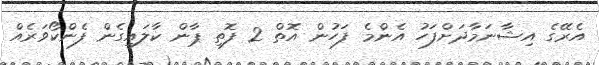
އެރޭގެ އިޝާނަމާދަށްފަހު އެންމެ ފަހުން އޮތް 2 ފޮތި ޕާން ކާލައިގެން ފެންކޯވަރެއް